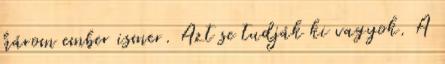
három ember ismer. Azt se tudják ki vagyok. A